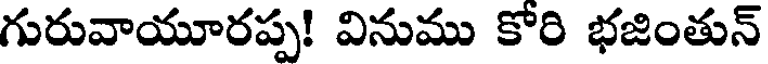
గురువాయూరప్ప! వినుము కోరి భజింతున్